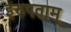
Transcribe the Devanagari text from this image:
इरुपताम्